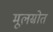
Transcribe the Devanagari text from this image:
मूलस्रोत